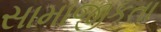
સામાજીકતા